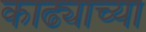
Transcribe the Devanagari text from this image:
काढ्याच्या